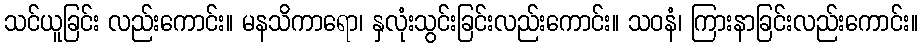
သင်ယူခြင်း လည်းကောင်း။ မနသိကာရော၊ နှလုံးသွင်းခြင်းလည်းကောင်း။ သဝနံ၊ ကြားနာခြင်းလည်းကောင်း။